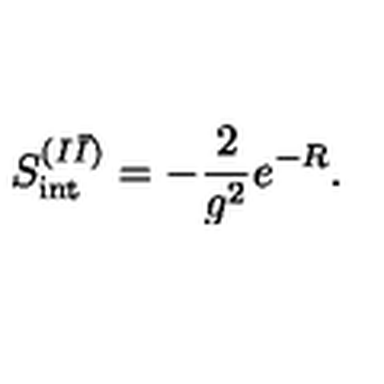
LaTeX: S _ { \mathrm { i n t } } ^ { ( I \bar { I } ) } = - \frac { 2 } { g ^ { 2 } } e ^ { - R } .